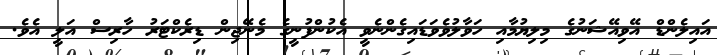
އައިލެންޑް އޭވިއޭޝަނުގެ މިލިޔުމާއި ހަވާލުވެވަޑައިގެންނެވީ އެކުންފުނީގެ މެނޭޖިން ޑިރެކްޓަރު ހާރިސް އަލީ އެވެ.